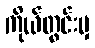
ကိုယ်တွင်းမှ